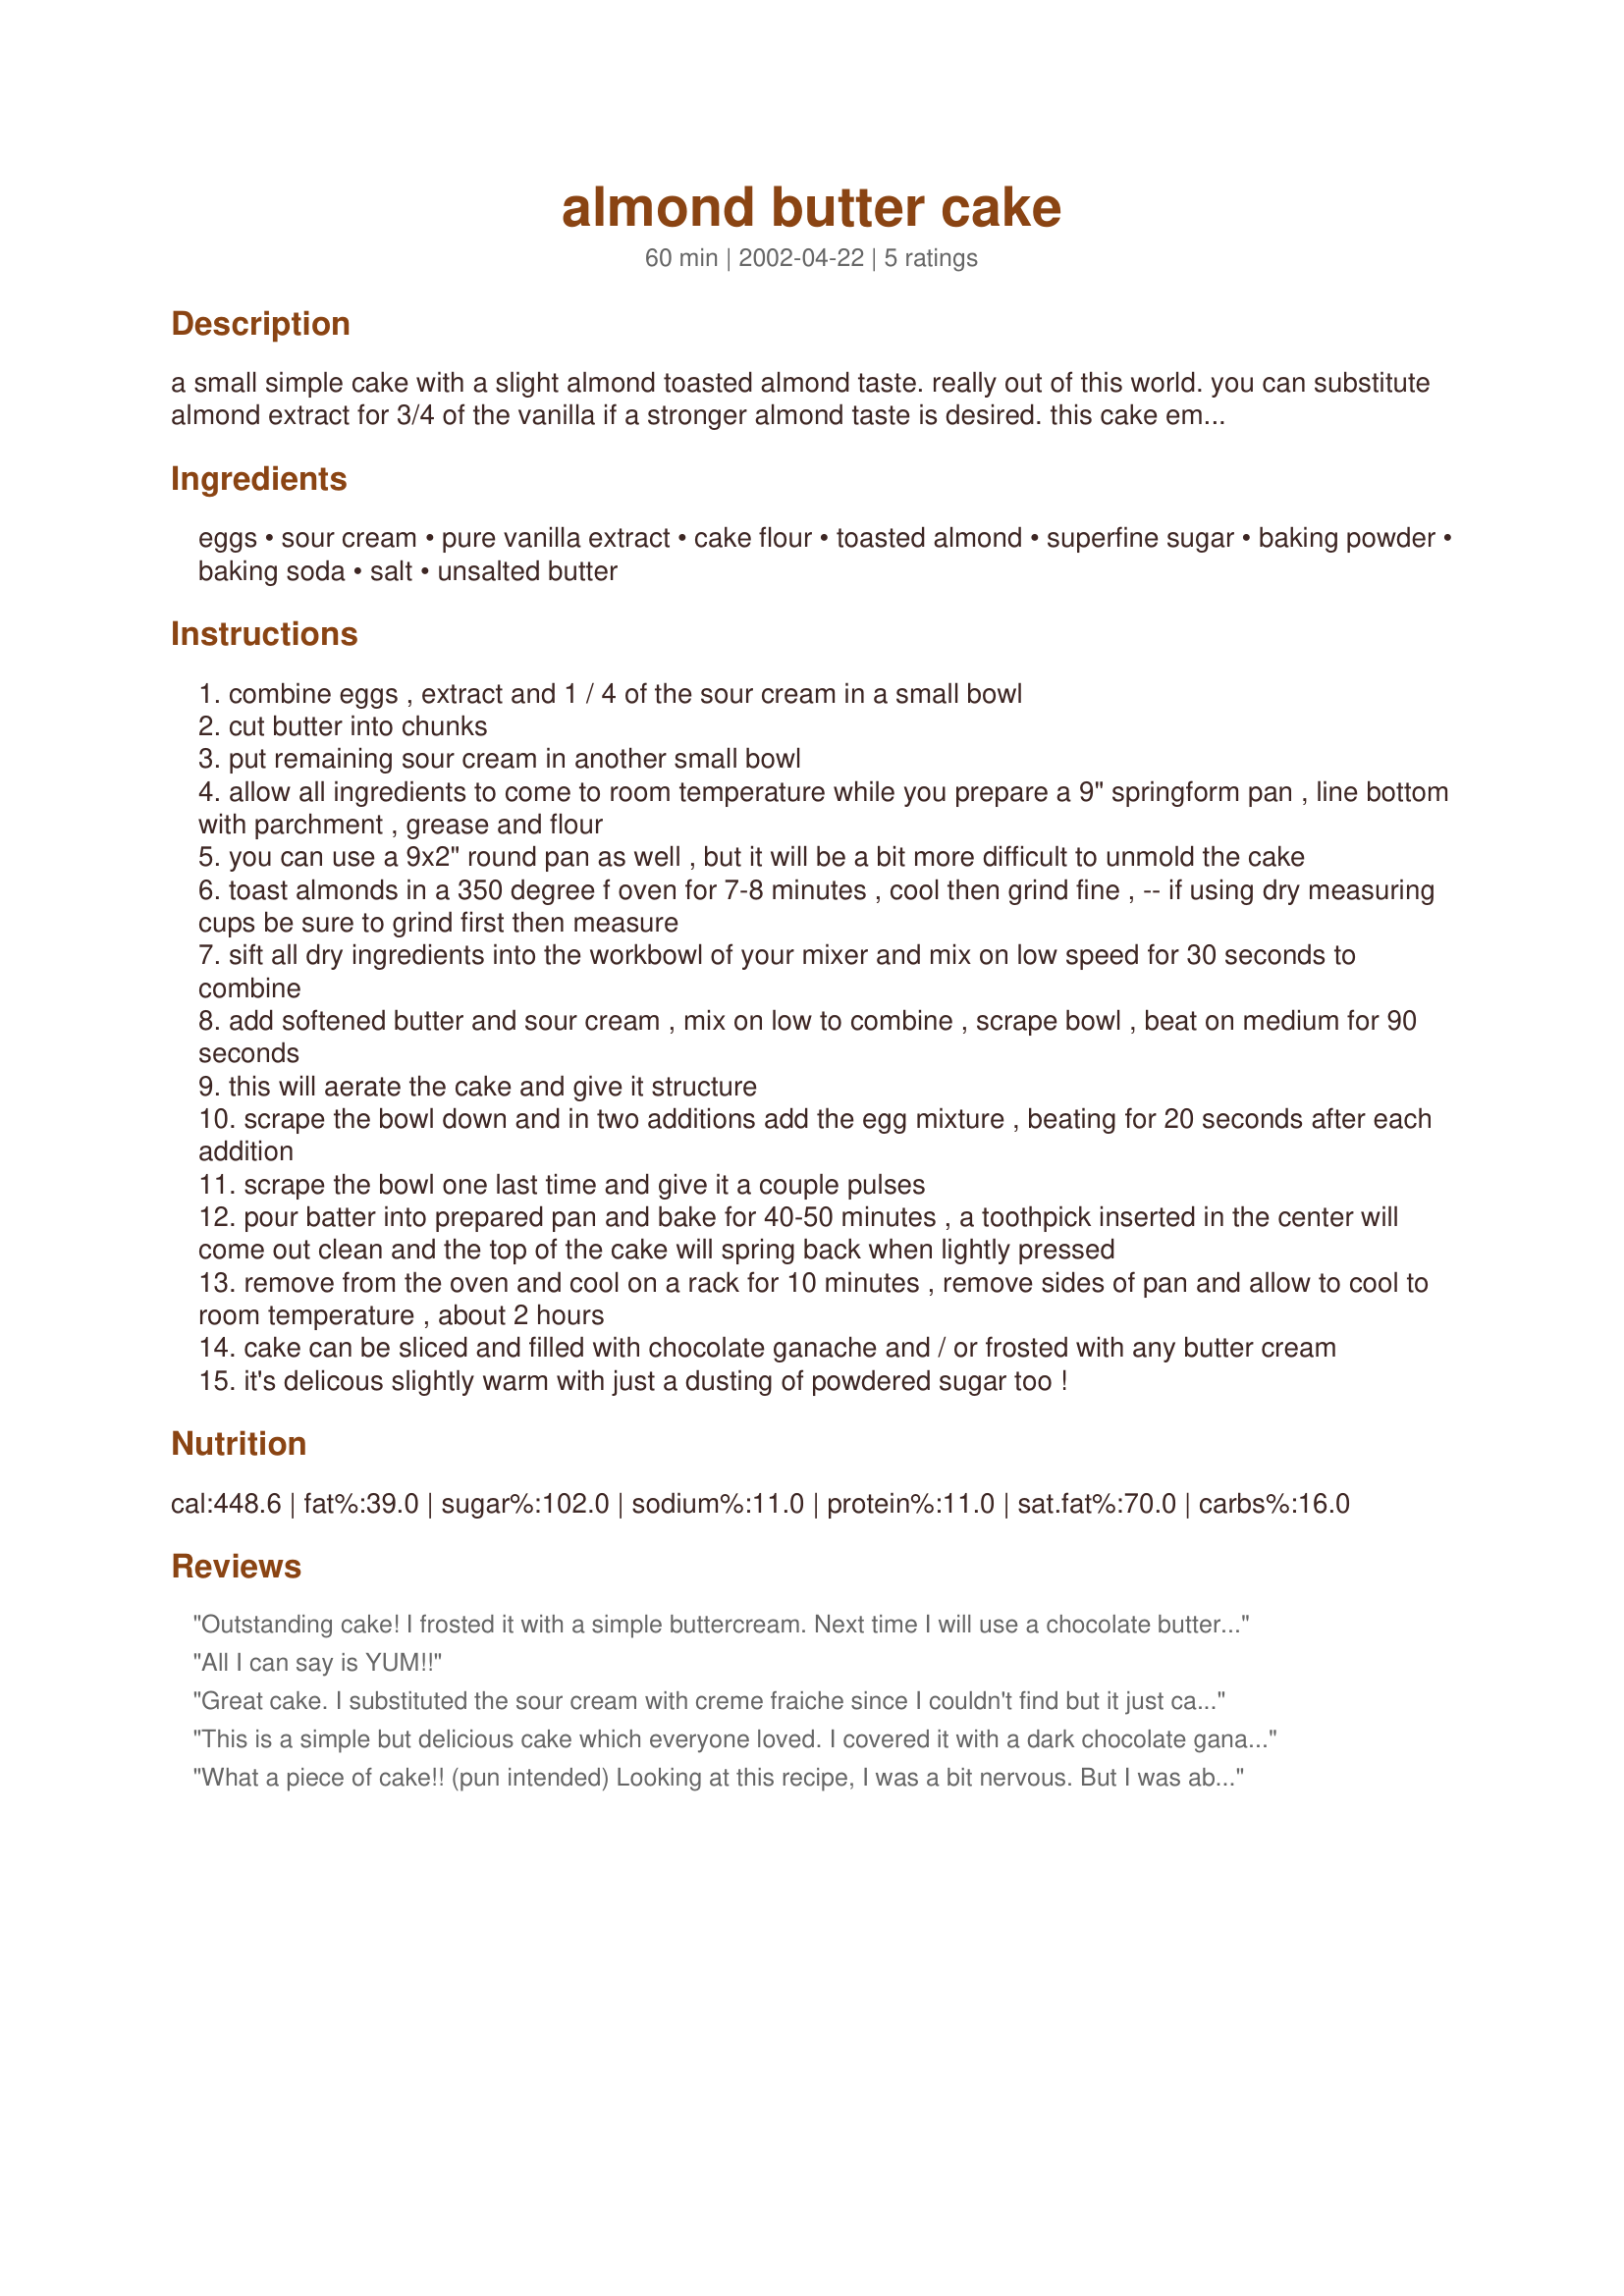
almond butter cake
Preparation time: 60 minutes

a small simple cake with a slight almond toasted almond taste. really out of this world. you can substitute almond extract for 3/4 of the vanilla if a stronger almond taste is desired. this cake employs an unusual mixing method that ensures good results.

Ingredients:
eggs, sour cream, pure vanilla extract, cake flour, toasted almond, superfine sugar, baking powder, baking soda, salt, unsalted butter

Steps:
combine eggs , extract and 1 / 4 of the sour cream in a small bowl
cut butter into chunks
put remaining sour cream in another small bowl
allow all ingredients to come to room temperature while you prepare a 9" springform pan , line bottom with parchment , grease and flour
you can use a 9x2" round pan as well , but it will be a bit more difficult to unmold the cake
toast almonds in a 350 degree f oven for 7-8 minutes , cool then grind fine , -- if using dry measuring cups be sure to grind first then measure
sift all dry ingredients into the workbowl of your mixer and mix on low speed for 30 seconds to combine
add softened butter and sour cream , mix on low to combine , scrape bowl , beat on medium for 90 seconds
this will aerate the cake and give it structure
scrape the bowl down and in two additions add the egg mixture , beating for 20 seconds after each addition
scrape the bowl one last time and give it a couple pulses
pour batter into prepared pan and bake for 40-50 minutes , a toothpick inserted in the center will come out clean and the top of the cake will spring back when lightly pressed
remove from the oven and cool on a rack for 10 minutes , remove sides of pan and allow to cool to room temperature , about 2 hours
cake can be sliced and filled with chocolate ganache and / or frosted with any butter cream
it's delicous slightly warm with just a dusting of powdered sugar too !

Reviews:
Outstanding cake! I frosted it with a simple buttercream. Next time I will use a chocolate buttercream instead, as I think chocolate would would go beautifully with the nutty flavor of the cake. 
 I have definitely found a new favorite!
All I can say is YUM!!
Great cake. I substituted the sour cream with creme fraiche since I couldn't find but it just came out great all the same.
This is a simple but delicious cake which everyone loved. I covered it with a dark chocolate ganache. Thanks for another excellent recipe!
What a piece of cake!! (pun intended)

Looking at this recipe, I was a bit nervous. But I was able to get it in the oven in about 30 minutes. Steve's directions are very clear and easy to follow.

The only deviance I made was using toasted whole almonds, with skin, and chopping them finely. I thought the extra flavor and texture would be nice.

I used his Butter Cream Frosting #14307 to ice it, smoothed the sides, then sprinkled chopped toasted almonds on top. I doubled the cake and frosting recipe and made a layer cake. Next time I will sprinkle almonds in the filling layer as well.

Beautiful presentation, and delicious results!

(this was my first time using a butter based frosting- and I learned a few things. I had made the cake and frosting the night before, because I wanted the cake to cool thoroughly (work schedule constraints). I figured to just assemble and frost in the morning. I should not have put the frosting in the fridge. It was too hard to spread. So I put it in a piping bag, which worked well, until you got to the bottom - and that part was melted from my hand-heat. I ended up piping the unmelted frosting all over the cake, then smoothing it with a frosting spatula. It turned out wonderful. And I learned something in the process. win-win! :))
